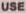
USE